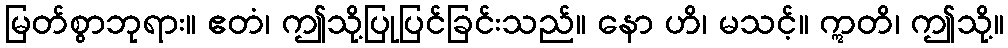
မြတ်စွာဘုရား။ ဧတံ၊ ဤသို့ပြုပြင်ခြင်းသည်။ နော ဟိ၊ မသင့်။ ဣတိ၊ ဤသို့။